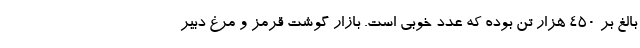
بالغ بر ۴۵۰ هزار تن بوده که عدد خوبی است. بازار گوشت قرمز و مرغ دبیر